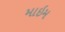
માઇમ